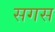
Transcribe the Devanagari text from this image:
सगस